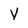
Character: Y